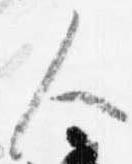
人